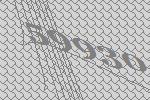
59930